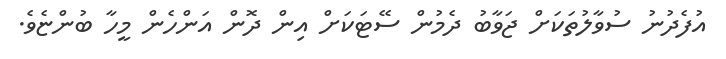
އުފެދުނު ސުވާލުތަކަށް ޖަވާބު ދެމުން ސޭޓަކަށް އިން ދޮން އަންހެން މީހާ ބުންޏެވެ.